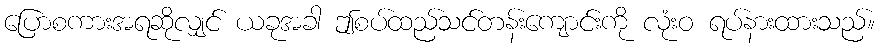
ပြောစကားအရဆိုလျှင် ယခုအခါ ဤစပ်ထည်သင်တန်းကျောင်းကို လုံးဝ ရပ်နားထားသည်။